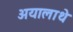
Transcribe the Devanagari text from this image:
अयालाथे